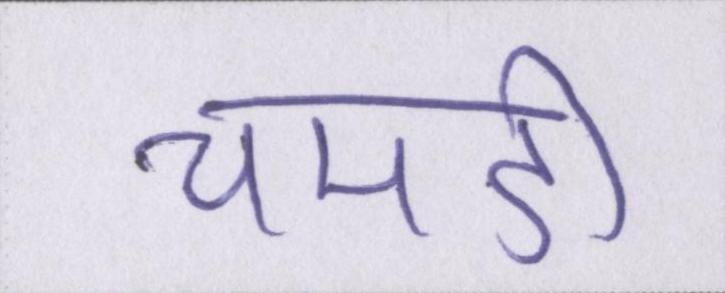
चमडी